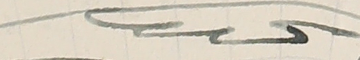
نحىب